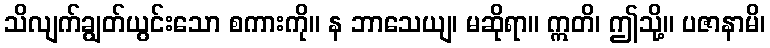
သိလျက်ချွတ်ယွင်းသော စကားကို။ န ဘာသေယျ၊ မဆိုရာ။ ဣတိ၊ ဤသို့။ ပဇာနာမိ၊